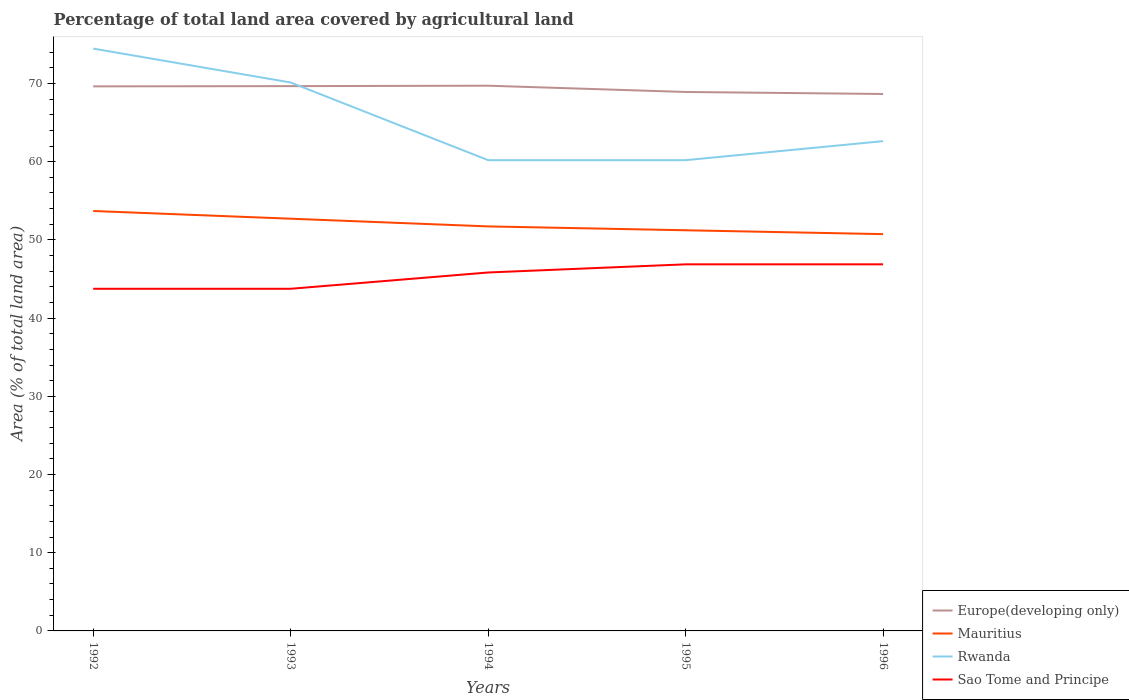
| Years | Europe(developing only) | Mauritius | Rwanda | Sao Tome and Principe |
 | --- | --- | --- | --- | --- |
 | 1992 | 69.6 | 53.7 | 74.5 | 43.8 |
 | 1993 | 69.7 | 52.7 | 70.1 | 43.8 |
 | 1994 | 69.7 | 51.7 | 60.2 | 45.8 |
 | 1995 | 68.9 | 51.2 | 60.2 | 46.9 |
 | 1996 | 68.7 | 50.7 | 62.6 | 46.9 |